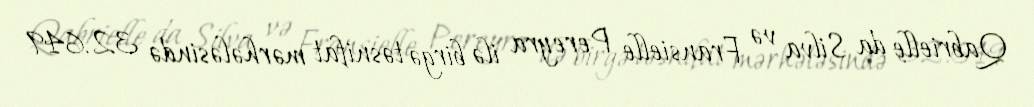
Qabrielle da Silva və Fransielle Pereyra ilə birgə təsnifat mərhələsində 32.649